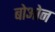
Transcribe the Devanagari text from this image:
बोओन